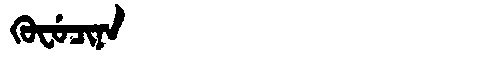
Manchu: ᡴᡠᠸᡠᠴᡳᠨᠠ
Romanization: KUFUCINA